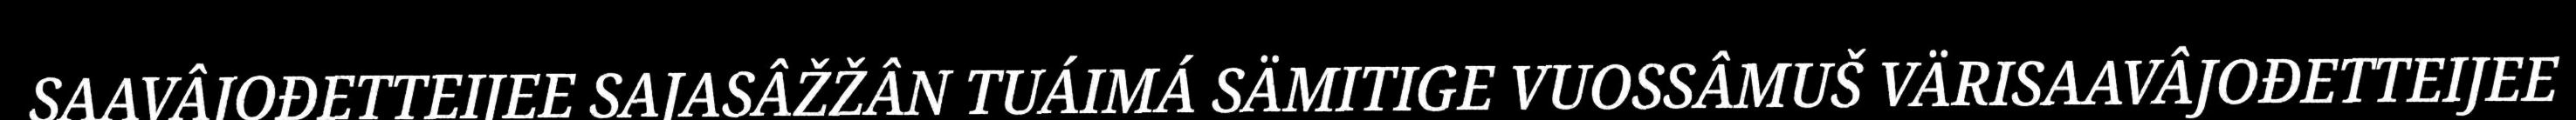
SAAVÂJOĐETTEIJEE SAJASÂŽŽÂN TUÁIMÁ SÄMITIGE VUOSSÂMUŠ VÄRISAAVÂJOĐETTEIJEE